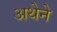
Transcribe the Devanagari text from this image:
अथेने